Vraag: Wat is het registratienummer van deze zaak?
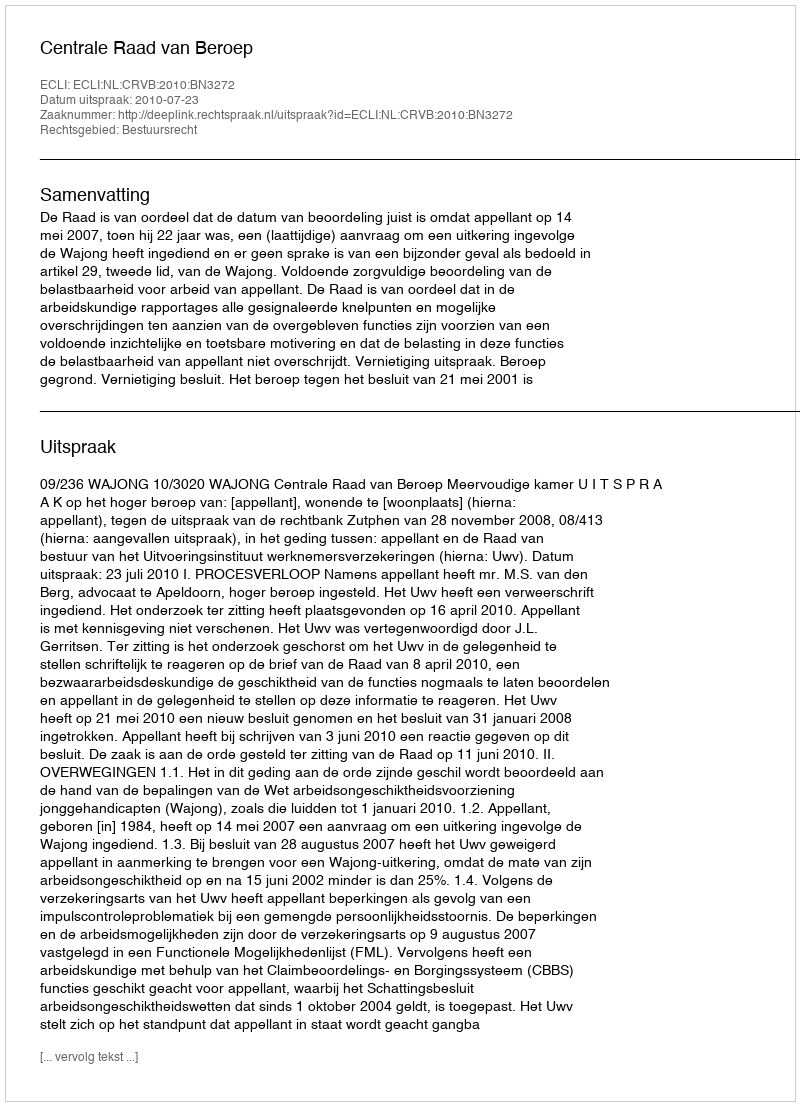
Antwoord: http://deeplink.rechtspraak.nl/uitspraak?id=ECLI:NL:CRVB:2010:BN3272